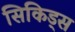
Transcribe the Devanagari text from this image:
सिकिड्स